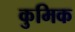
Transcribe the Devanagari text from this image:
कुमिक